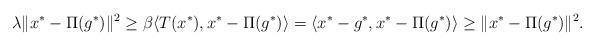
LaTeX: \begin{align*}\lambda\Vert x^*-\Pi(g^*)\Vert^2\ge\beta\langle T(x^*),x^* -\Pi(g^*)\rangle=\langle x^*-g^*,x^*-\Pi(g^*)\rangle\ge\Vert x^*-\Pi(g^*)\Vert^2.\end{align*}